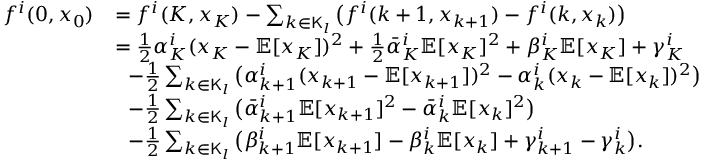
\begin{array} { r l } { f ^ { i } ( 0 , x _ { 0 } ) } & { = f ^ { i } ( K , x _ { K } ) - \sum _ { k \in \mathsf { K } _ { l } } \big ( f ^ { i } ( k + 1 , x _ { k + 1 } ) - f ^ { i } ( k , x _ { k } ) \big ) } \\ & { = \frac { 1 } { 2 } \alpha _ { K } ^ { i } ( x _ { K } - \mathbb { E } [ x _ { K } ] ) ^ { 2 } + \frac { 1 } { 2 } \bar { \alpha } _ { K } ^ { i } \mathbb { E } [ x _ { K } ] ^ { 2 } + \beta _ { K } ^ { i } \mathbb { E } [ x _ { K } ] + \gamma _ { K } ^ { i } } \\ & { ~ ~ - \frac { 1 } { 2 } \sum _ { k \in \mathsf { K } _ { l } } \big ( \alpha _ { k + 1 } ^ { i } ( x _ { k + 1 } - \mathbb { E } [ x _ { k + 1 } ] ) ^ { 2 } - \alpha _ { k } ^ { i } ( x _ { k } - \mathbb { E } [ x _ { k } ] ) ^ { 2 } \big ) } \\ & { ~ ~ - \frac { 1 } { 2 } \sum _ { k \in \mathsf { K } _ { l } } \big ( \bar { \alpha } _ { k + 1 } ^ { i } \mathbb { E } [ x _ { k + 1 } ] ^ { 2 } - \bar { \alpha } _ { k } ^ { i } \mathbb { E } [ x _ { k } ] ^ { 2 } \big ) } \\ & { ~ ~ - \frac { 1 } { 2 } \sum _ { k \in \mathsf { K } _ { l } } \big ( \beta _ { k + 1 } ^ { i } \mathbb { E } [ x _ { k + 1 } ] - \beta _ { k } ^ { i } \mathbb { E } [ x _ { k } ] + \gamma _ { k + 1 } ^ { i } - \gamma _ { k } ^ { i } \big ) . } \end{array}